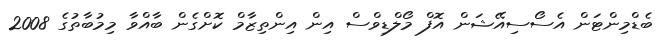
ބެޑްމިންޓަން އެސޯސިއޭޝަން އޮފް މޯލްޑިވްސް އިން އިންތިޒާމް ކޮށްގެން ބާއްވާ މިމުބާތުގެ 2008